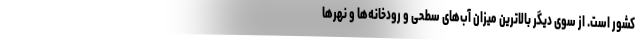
کشور است. از سوی دیگر بالاترین میزان آب‌های سطحی و رودخانه‌ها و نهرها